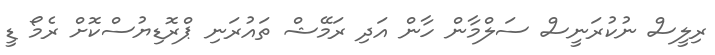
ރިލީސް ނުކުރަނީސް ސަލްމާން ހާން އަދި ރަމޭޝް ތައުރަނި ޕްރޮޑިޔުސްކޮށް ރެމޯ ޑީ